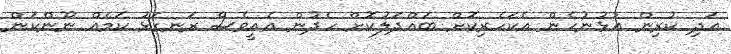
އަދި ކުރިން އުޅުނުހެން އެކަހެރިކޮށް ބައްދަލުކޮށް ހެދުން އެއީވެސް ރަނގަޅު ކަމެއް ނޫންކަން